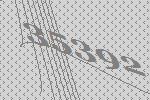
35392